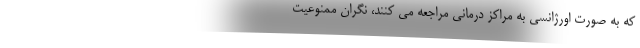
که به صورت اورژانسی به مراکز درمانی مراجعه می کنند، نگران ممنوعیت